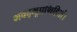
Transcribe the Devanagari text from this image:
भवद्भूप्रणिहितां।